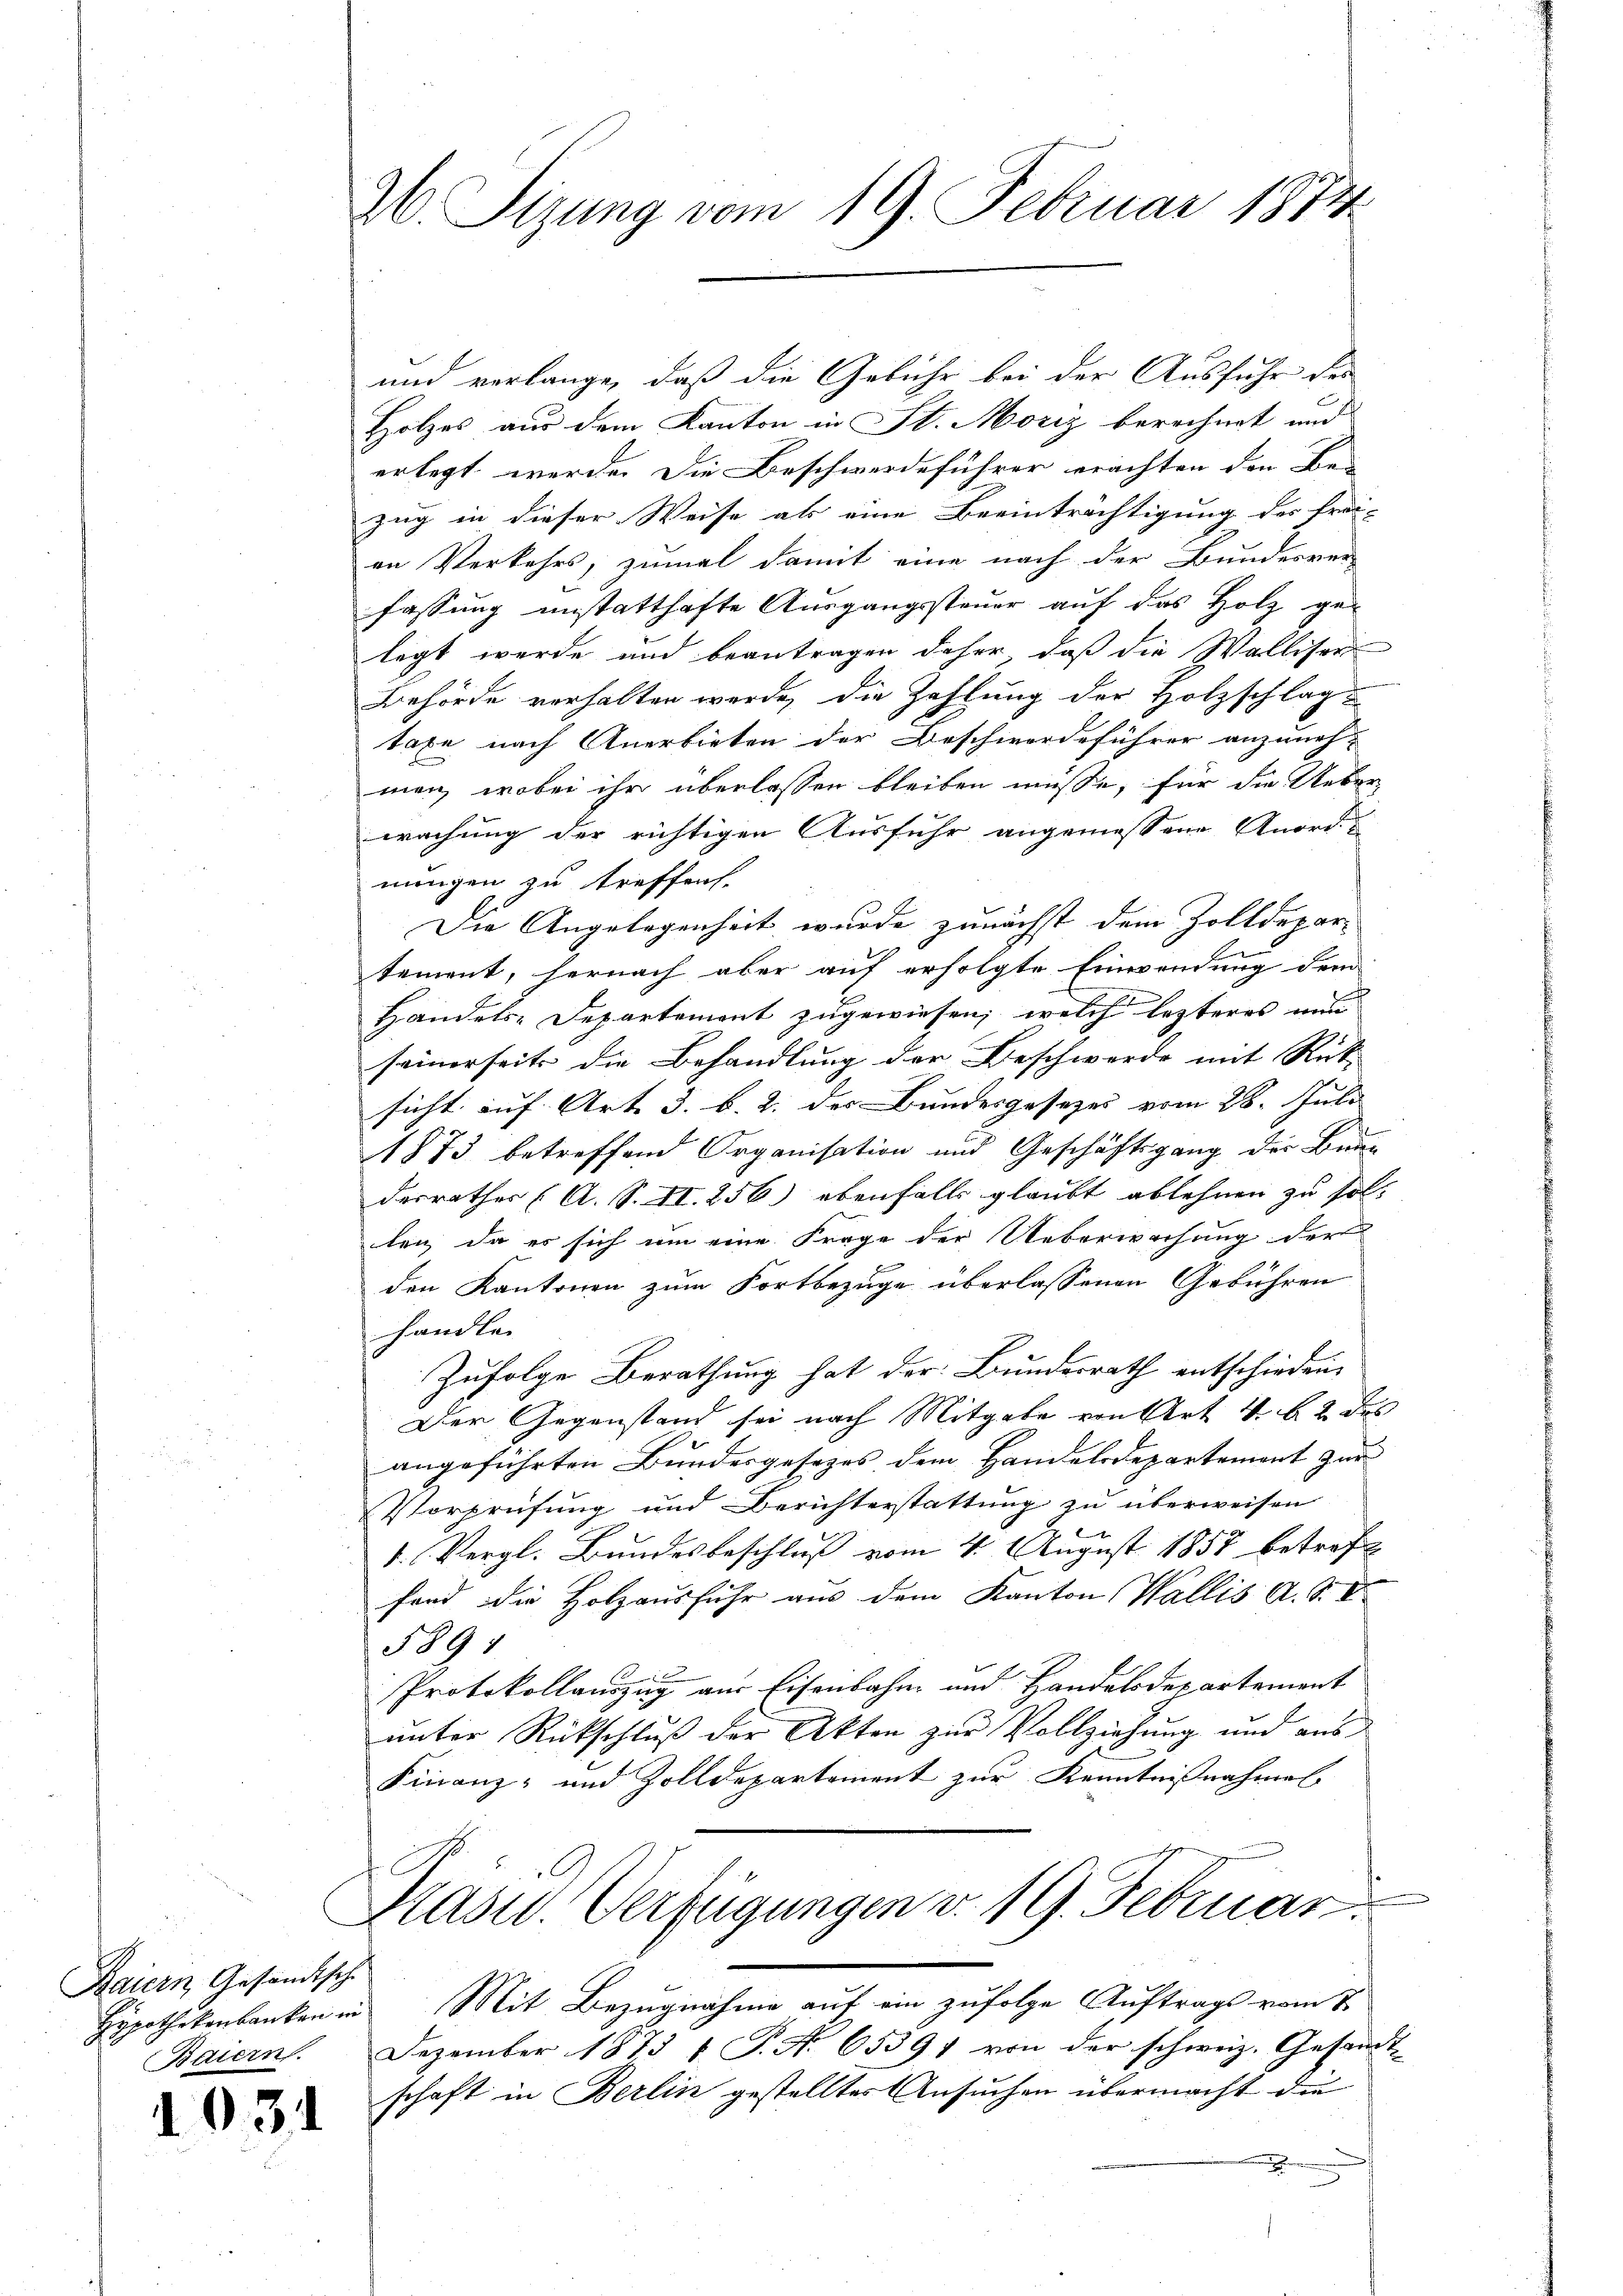
Baiern, Gesandtsch
Baiern

103

26. Sizung vom 19. Februar 1874

und verlange, daß die Gebühr bei der Ausfuhr der
Holzes aus dem Kanton in St. Moriz berechnet und
erlegt werde. Die Beschwerdeführer erachten den Be-
zug in dieser Weise als eine Beeinträchtigung der frei-
an Verkehrs, zumal damit eine nach der Bundesver-
fassung unstatthafte Ausgangssteuer auf das Holz ge-
legt werde und beantragen daher, daß die Walliser
Behörde verhalten werde, die Zahlung der Holzschlag
taxe nach Anerbieten der Beschwerdeführer anzuneh-
men, wobei ihr überlassen bleiben müße, für die Ueber-
wachung der richtigen Ausfuhr angemessene Anordnungen zu treffen.
Die Angelegenheit wurde zunächst dem Zolldepartement, hernach aber auf erfolgte Einwendung dem
Handels-Departement zugewiesen, welch lezteres nun
seinerseits die Behandlung der Beschwerde mit Rück-
sicht auf. Art. 3. b. 2. der Bundesgesezes vom 28. Juli
1873 betreffend Organisation und Geschäftsgang der Bun-
desrathes (A. S. Zt. 256) ebenfalls glaubt ablehnen zu solten, da es sich um eine Frage der Ueberwachung der
den Kantonen zum Fortbezüge überlassenen Gebühren
handle.
Zufolge Berathung hat der Bundesrath entschieden,
Der Gegenstand sei nach Mitgabe von Art 4 l. 2 des
angeführten Bundesgesezes dem Handelsdepartement zur
Vorprüfung und Berichterstattung zu überweisen
1. Vergl. Bundesbeschluß vom 4. August 1857 betroffe
fond die Holzausführ aus dem Kanton Wallis A. S. V
5891
Protokollauszug am Eisenbahn und Handelsdepartement
unter Rückschluß der Akten zur Vollziehung und aus
Finanz- und Zolldepartement zur Kenntnißnahmen
Masur. Verfügungen v. 19. Februar.
Hypothekenbanken in Mit Bezugnahme auf ein zufolge Auftrags vom 7.
Dezember 1873  P. Nr. 65391 von der schweiz. Gesandt-
schaft in Berlin gestelltes Ansuchen übermacht die